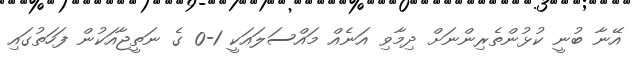
އޭނާ ބުނީ ކުޅުންތެރިންނަށް ދިމާވި އަނެއް މައްސަލައަކީ 1-0 ގެ ނަތީޖާއަކުން ފަހަތުގައި